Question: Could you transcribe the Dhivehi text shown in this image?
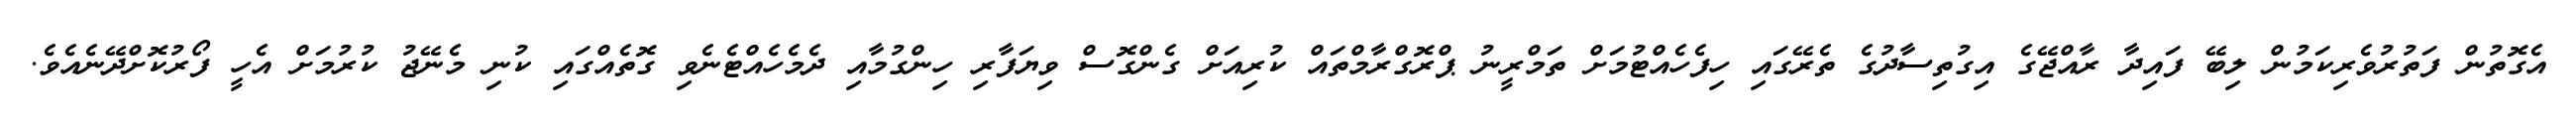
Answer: އެގޮތުން ފަތުރުވެރިކަމުން ލިބޭ ފައިދާ ރާއްޖޭގެ އިގުތިސާދުގެ ތެރޭގައި ހިފެހެއްޓުމަށް ތަމްރީނު ޕްރޮގްރާމްތައް ކުރިއަށް ގެންގޮސް ވިޔަފާރި ހިންގުމާއި ދެމެހެއްޓެނެވި ގޮތެއްގައި ކުނި މެނޭޖު ކުރުމަށް އެހީ ފޯރުކޮށްދޭނެއެވެ.